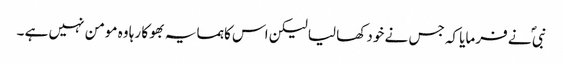
نبی ؐ نے فرمایا کہ جس نے خود کھا لیا لیکن اس کا ہمسایہ بھوکا رہا وہ مومن نہیں ہے ۔